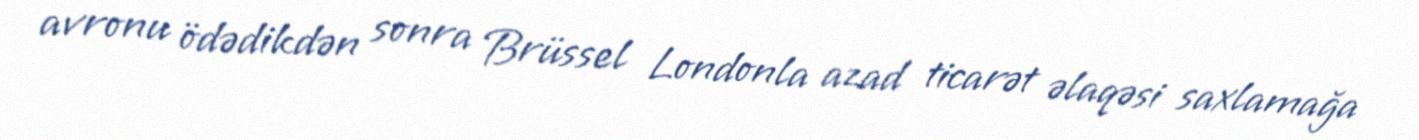
avronu ödədikdən sonra Brüssel Londonla azad ticarət əlaqəsi saxlamağa